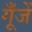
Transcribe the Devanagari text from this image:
गूँजें